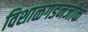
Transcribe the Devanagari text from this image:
विशाळगडनजीक